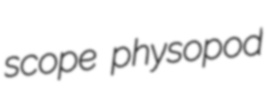
scope physopod